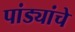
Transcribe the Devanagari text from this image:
पांड्यांचे